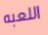
اللعبه